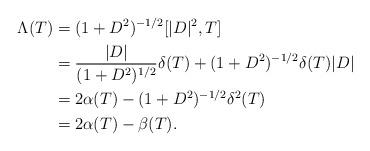
LaTeX: \begin{align*} \Lambda(T) &= (1+D^2)^{-1/2}[|D|^2,T]\\ &= \frac{|D|}{(1+D^2)^{1/2}}\delta(T) + (1+D^2)^{-1/2}\delta(T)|D|\\ &= 2\alpha(T) - (1+D^2)^{-1/2}\delta^2(T)\\ &= 2\alpha(T)-\beta(T). \end{align*}